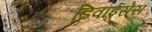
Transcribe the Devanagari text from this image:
डिवाईसेस